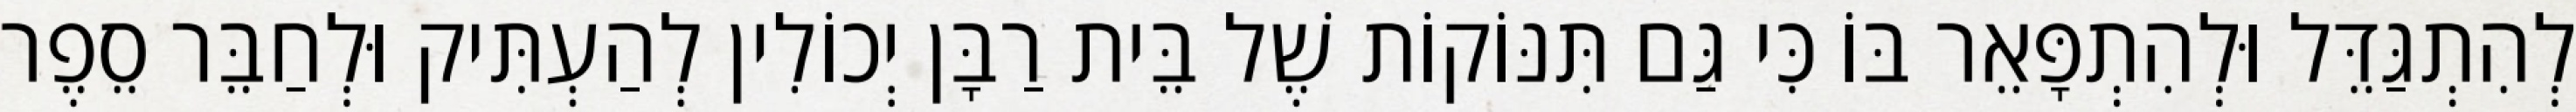
לְהִתְגַּדֵּל וּלְהִתְפָּאֵר בּוֹ כִּי גַּם תִּנּוֹקוֹת שֶׁל בֵּית רַבָּן יְכוֹלִין לְהַעְתִּיק וּלְחַבֵּר סֵפֶר